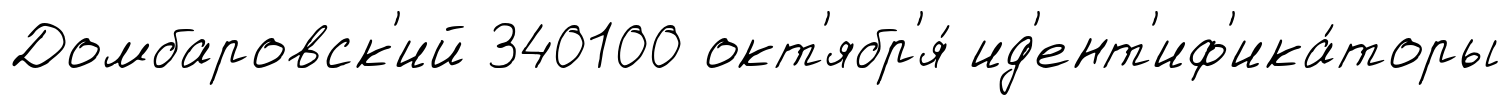
Домбаровск'ий 340100 окт'ябр'я́ ид'ент'иф'ика́торы